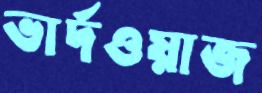
ভার্দওয়াজ